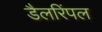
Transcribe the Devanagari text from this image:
डैलरिंपल